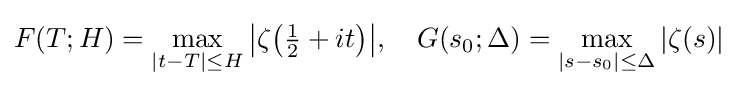
F(T;H)=\max _{|t-T|\leq H}{\bigl |}\zeta {\bigl (}{\tfrac {1}{2}}+it{\bigr )}{\bigr |},\quad G(s_{0};\Delta )=\max _{|s-s_{0}|\leq \Delta }|\zeta (s)|